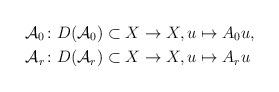
LaTeX: \begin{align*} \mathcal{A}_{0} \colon D(\mathcal{A}_{0}) \subset X &\to X, u \mapsto A_{0} u, \\ \mathcal{A}_{r} \colon D(\mathcal{A}_{r}) \subset X &\to X, u \mapsto A_{r} u \end{align*}